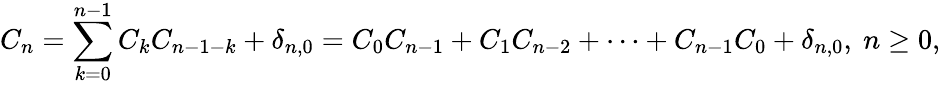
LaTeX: C_{n}=\sum_{k=0}^{n-1}C_{k}C_{n-1-k}+\delta_{n,0}=C_{0}C_{n-1}+C_{1}C_{n-2}+\cdots+C_{n-1}C_{0}+\delta_{n,0},\ n\geq 0,